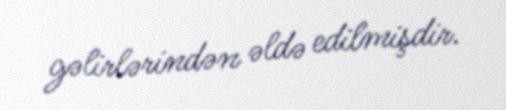
gəlirlərindən əldə edilmişdir.